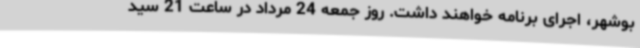
بوشهر، اجرای برنامه خواهند داشت. روز جمعه 24 مرداد در ساعت 21 سید